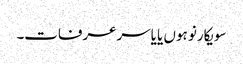
سویکارنو ہوں یا یاسرعرفات۔